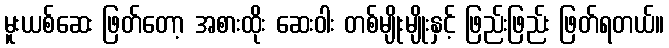
မူးယစ်ဆေး ဖြတ်တော့ အစားထိုး ဆေးဝါး တစ်မျိုးမျိုးနှင့် ဖြည်းဖြည်း ဖြတ်ရတယ်။